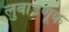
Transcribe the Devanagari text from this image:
लुबाडणूक